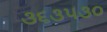
૩૬૩૫૩૦